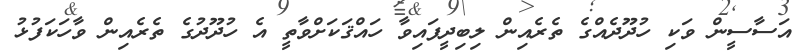
އަސާސީން ވަކި ހުދޫދެއްގެ ތެރެއިން ލިބިދީފައިވާ ހައްޤަކަށްވާތީ އެ ހުދޫދުގެ ތެރެއިން ވާހަކަފުޅު